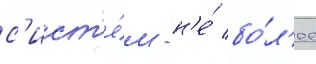
с'ист'е́м - н'е́ бо́л'ее